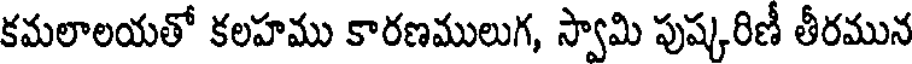
కమలాలయతో కలహము కారణములుగ, స్వామి పుష్కరిణీ తీరమున